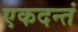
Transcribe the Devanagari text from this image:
एकदन्तं